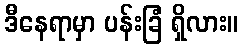
ဒီနေရာမှာ ပန်းခြံ ရှိလား။